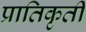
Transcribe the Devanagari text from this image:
प्रातिकृती